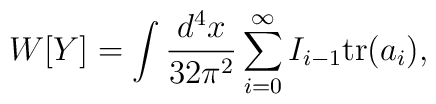
W[Y]=\int\frac{d^4x}{32\pi^2}\sum^\infty_{i=0}I_{i-1}\mbox{tr}(a_i),